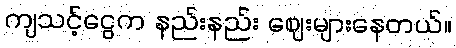
ကျသင့်ငွေက နည်းနည်း ဈေးများနေတယ်။